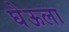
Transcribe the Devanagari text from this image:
घेऊला